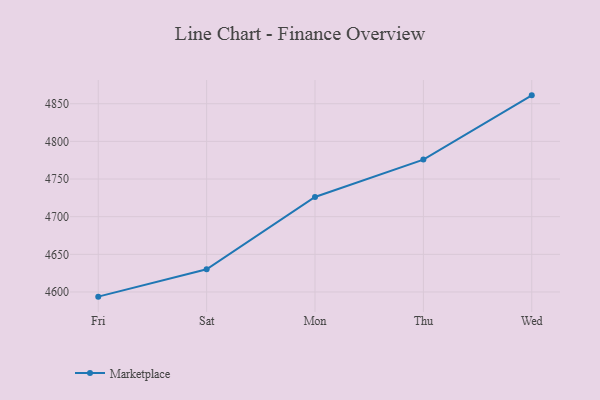
{"axis": {"x": "Day", "y": "Conversion Rate (%)"}, "legend": ["Marketplace"], "data": [{"x": "Fri", "y": 4593.8, "type": "Marketplace"}, {"x": "Sat", "y": 4630.2, "type": "Marketplace"}, {"x": "Mon", "y": 4726.2, "type": "Marketplace"}, {"x": "Thu", "y": 4775.8, "type": "Marketplace"}, {"x": "Wed", "y": 4861.1, "type": "Marketplace"}]}